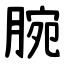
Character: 腕